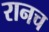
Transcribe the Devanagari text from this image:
रानच